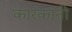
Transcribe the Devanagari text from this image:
कारकांनी